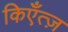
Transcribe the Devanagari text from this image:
किएँत्ज़